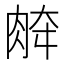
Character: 𰮞